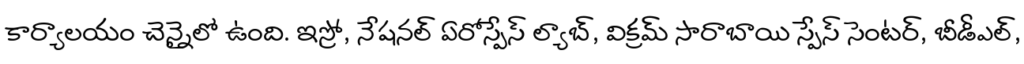
కార్యాలయం చెన్నైలో ఉంది. ఇస్రో, నేషనల్ ఏరోస్పేస్ ల్యాబ్, విక్రమ్ సారాబాయి స్పేస్ సెంటర్, బీడీఎల్,